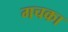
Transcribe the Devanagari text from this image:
गचका